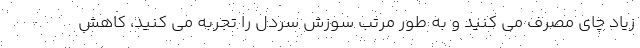
زیاد چای مصرف می کنید و به طور مرتب سوزش سردل را تجربه می کنید، کاهش